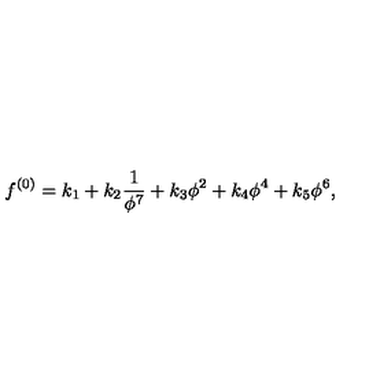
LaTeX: f ^ { ( 0 ) } = k _ { 1 } + k _ { 2 } \frac { 1 } { \phi ^ { 7 } } + k _ { 3 } \phi ^ { 2 } + k _ { 4 } \phi ^ { 4 } + k _ { 5 } \phi ^ { 6 } ,